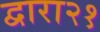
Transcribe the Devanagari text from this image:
द्वारा२१